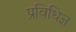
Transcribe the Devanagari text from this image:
प्रविधिज्ञ